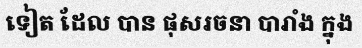
ទៀត ដែល បាន ផុសរចនា បារាំង ក្នុង